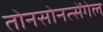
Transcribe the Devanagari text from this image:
तोनसोनत्सेंगेल